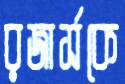
রজার্সকে